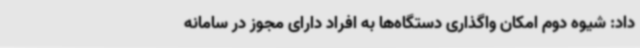
داد: شیوه دوم امکان واگذاری دستگاه‌ها به افراد دارای مجوز در سامانه